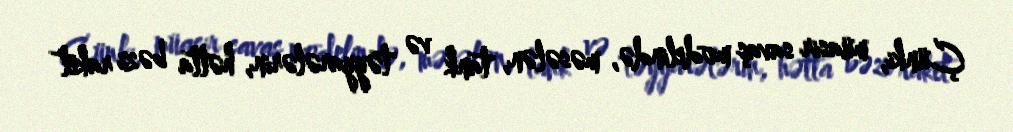
Çünki, müasir savaş modelində, məsələn, tank və təyyarələrin, hətta bəzi raket